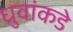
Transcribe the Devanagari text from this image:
ध्रुवांकडे